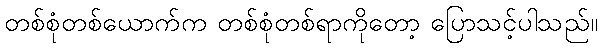
တစ်စုံတစ်ယောက်က တစ်စုံတစ်ရာကိုတော့ ပြောသင့်ပါသည်။